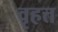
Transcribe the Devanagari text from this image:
वृहत्त